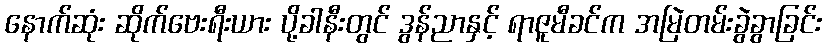
နောက်ဆုံး ဆိုက်ဗေးရီးယား ပို့ခါနီးတွင် ဒွန်ညာနှင့် ရာဇူမီခင်က အမြဲတမ်းခွဲခွာခြင်း